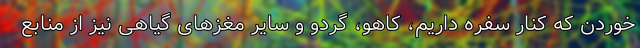
خوردن که کنار سفره داریم، کاهو، گردو و سایر مغزهای گیاهی نیز از منابع